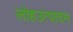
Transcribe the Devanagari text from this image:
लोहउत्पादन